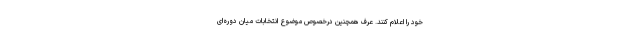
خود را اعلام کنند. عرف همچنین درخصوص موضوع انتخابات میان دوره‌ای